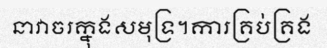
នាវាចរក្នុងសមុទ្រ។ការគ្រប់គ្រង